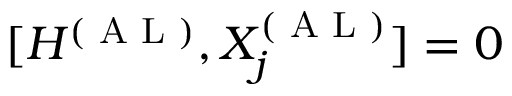
[ H ^ { ( \textrm { A L } ) } , X _ { j } ^ { ( \textrm { A L } ) } ] = 0